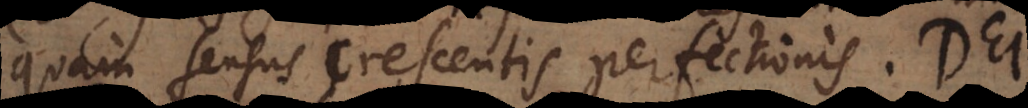
quam sensus crescentis perfectionis. Dei